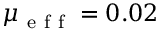
\mu _ { \mathrm { ~ e ~ f ~ f ~ } } = 0 . 0 2